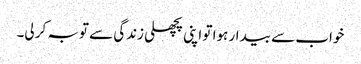
خواب سے بیدار ہوا تو اپنی پچھلی زندگی سے توبہ کر لی۔